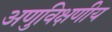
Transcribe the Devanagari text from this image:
अणुविक्षणीय